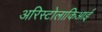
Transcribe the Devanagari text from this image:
अरिस्टोलाकिआई